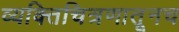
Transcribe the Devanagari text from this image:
व्यक्तिचित्रणातूनच